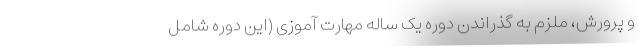
و پرورش، ملزم به گذراندن دوره یک ساله مهارت آموزی (این دوره شامل